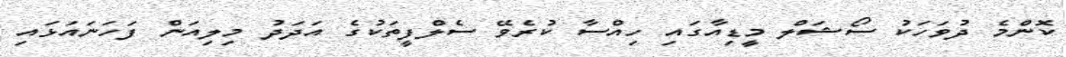
ކޮންމެ ދުވަހަކު ސޯޝަލް މީޑިއާގައި ހިއްސާ ކުރެވޭ ސެލްފީތަކުގެ އަދަދު މިލިއަން ފަހަނައަޅައި